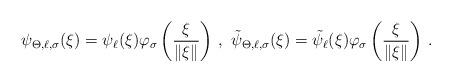
LaTeX: \begin{align*}\psi_{\Theta,\ell, \sigma}(\xi)= \psi_\ell(\xi) \varphi_\sigma\left (\frac{\xi}{\|\xi\|}\right )\, ,\, \, \tilde \psi_{\Theta,\ell, \sigma}(\xi)=\tilde \psi_\ell(\xi) \varphi_\sigma\left (\frac{\xi}{\|\xi\|}\right )\, .\end{align*}